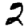
Digit: 2